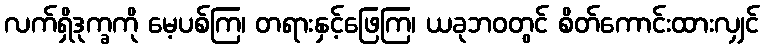
လက်ရှိဒုက္ခကို မေ့ပစ်ကြ၊ တရားနှင့်ဖြေကြ၊ ယခုဘဝတွင် စိတ်ကောင်းထားလျှင်